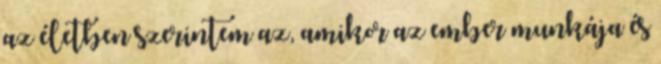
az életben szerintem az, amikor az ember munkája és